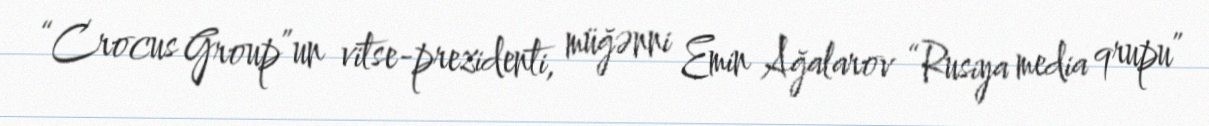
“Crocus Group”un vitse-prezidenti, müğənni Emin Ağalarov “Rusiya media qrupu”